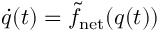
\begin{array} { r } { \dot { q } ( t ) = \tilde { f } _ { \mathrm { n e t } } ( q ( t ) ) } \end{array}